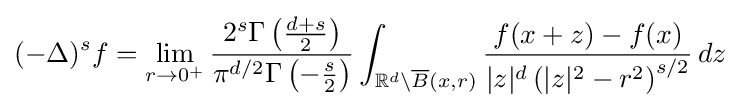
(-\Delta )^{s}f=\lim _{r\to 0^{+}}{\frac {2^{s}\Gamma \left({\frac {d+s}{2}}\right)}{\pi ^{d/2}\Gamma \left(-{\frac {s}{2}}\right)}}\int _{\mathbb {R} ^{d}\setminus {\overline {B}}(x,r)}{\frac {f(x+z)-f(x)}{|z|^{d}\left(|z|^{2}-r^{2}\right)^{s/2}}}\,dz